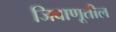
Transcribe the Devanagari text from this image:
जिवाणूतील